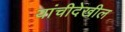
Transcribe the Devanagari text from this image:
यांचीदेखील